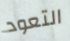
التعود